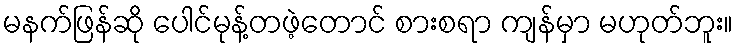
မနက်ဖြန်ဆို ပေါင်မုန့်တဖဲ့တောင် စားစရာ ကျန်မှာ မဟုတ်ဘူး။